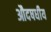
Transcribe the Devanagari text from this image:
औदषधीय